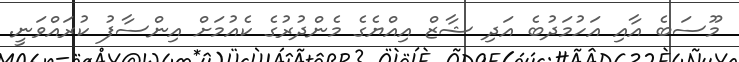
މޫސަބެ އާއި އަހުމަދުބެ އަދި ޝާޒް އިއްޔެގެ މެންދުރުގެ ކެއުމަށް އިންސާފު ކުރައްވަނީ.